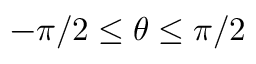
- \pi / 2 \le \theta \le \pi / 2